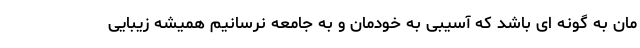
مان به گونه ای باشد که آسیبی به خودمان و به جامعه نرسانیم همیشه زیبایی